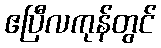
ဧပြီလကုန်တွင်